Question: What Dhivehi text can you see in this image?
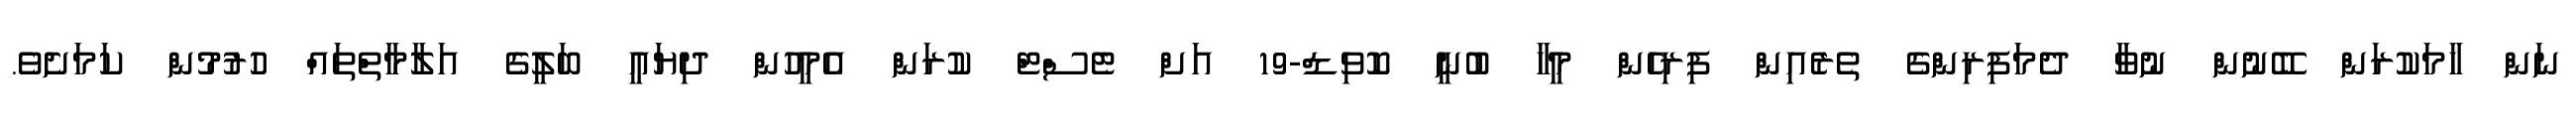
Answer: ނަން ހާމަކުރަން ބޭނުން ނުވާ ދެމަފިރިންގެ ތެރެއިން ފިރިހެން މީހާ ބުނީ ކޮވިޑް-19 އަށް ޓެސްޓް ކުރަން އެމީހުން ދިޔައީ ބަލީގެ އަލާމާތްތައް ހުރުމުން ކަމަށެވެ.